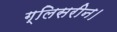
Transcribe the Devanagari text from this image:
ग्लिसरीन।